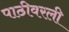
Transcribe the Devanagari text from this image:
पाठीवरली